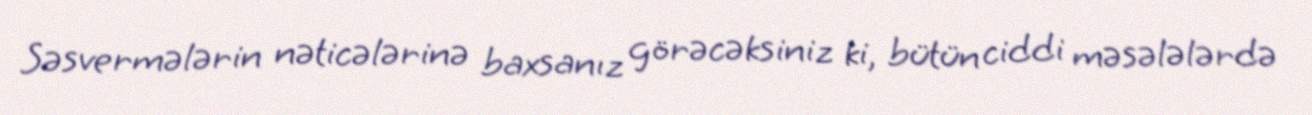
Səsvermələrin nəticələrinə baxsanız görəcəksiniz ki, bütün ciddi məsələlərdə